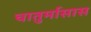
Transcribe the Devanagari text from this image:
चातुर्मासास